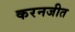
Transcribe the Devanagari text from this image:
करनजीत